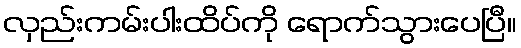
လှည်းကမ်းပါးထိပ်ကို ရောက်သွားပေပြီ။